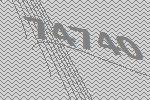
74740